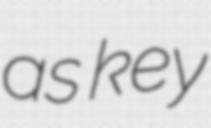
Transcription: as key